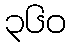
၃၆၀